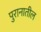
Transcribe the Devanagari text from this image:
पुरानातील